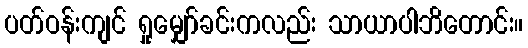
ပတ်ဝန်းကျင် ရှုမျှော်ခင်းကလည်း သာယာပါဘိတောင်း။